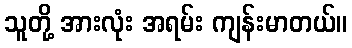
သူတို့ အားလုံး အရမ်း ကျန်းမာတယ်။